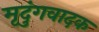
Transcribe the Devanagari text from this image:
मृदुंगवादक